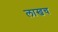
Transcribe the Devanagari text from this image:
लाखच